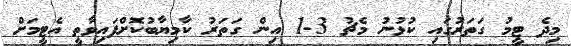
މިދެ ޓީމު ގަތަރުގައި ކުޅުނު މެޗު 3-1 އިން ގަތަރު ކާމިޔާބުކޮށްފައިވާތީ އެޓީމަށް